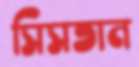
সিসতান